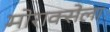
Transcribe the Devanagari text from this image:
मोराक्सेला